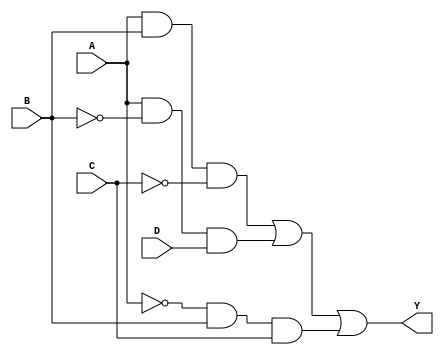
module sop_simplified (
    input wire A,    // Binary input A
    input wire B,    // Binary input B
    input wire C,    // Binary input C
    input wire D,    // Binary input D
    output wire Y    // Output Y based on simplified SOP
);

// Intermediate signals for product terms
wire P1, P2, P3;

// Example product terms based on the hypothetical Boolean function:
// You should replace these with your specific simplified logic.
// P1 = A AND B AND NOT C (Minterm for A=1, B=1, C=0, D=X)
assign P1 = A & B & ~C;

// P2 = A AND NOT B AND D (Minterm for A=1, B=0, C=X, D=1)
assign P2 = A & ~B & D;

// P3 = NOT A AND B AND C (Minterm for A=0, B=1, C=1, D=X)
assign P3 = ~A & B & C;

// Combine product terms using OR gate (Sum of Products)
assign Y = P1 | P2 | P3;

endmodule